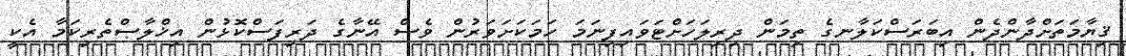
ޤިޔާމަތަށްދާންދެން އިބަރަސްކަލާނގެ ތިމަން ދިރިލަހަށްޓަވައިފިނަމަ ހަމަކަށަވަރުން ވެސް އޭނާގެ ދަރިފަސްކޮޅުން އިޚްލާޞްތެރިކަމާ އެކީ